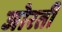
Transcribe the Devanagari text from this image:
जोरती